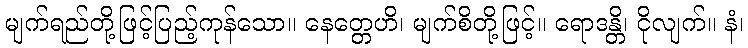
မျက်ရည်တို့ဖြင့်ပြည့်ကုန်သော။ နေတ္တေဟိ၊ မျက်စိတို့ဖြင့်။ ရောဒန္တိ၊ ငိုလျက်။ နံ၊